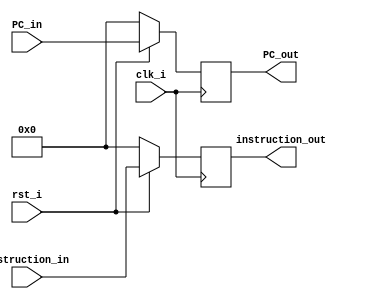
/***************************************************
Student Name: , 
Student ID: 0716229, 0716236
***************************************************/

`timescale 1ns/1ps

module Pipeline1_IFID_Reg(
    input           	 clk_i,
    input           	 rst_i,
    input  		[31:0] instruction_in,
    input		[31:0] PC_in,
    output wire 	[31:0] instruction_out,
    output wire		[31:0] PC_out
    );
          
reg signed [31:0] instruction; 
reg signed [31:0] PC;
assign instruction_out = instruction;
assign PC_out = PC;

always @(posedge clk_i) begin
    if(~rst_i) begin
	    instruction <= 0;
	    PC <= 0;
	end
    else begin
            instruction <= instruction_in;
	    PC <= PC_in;
	end
end
endmodule